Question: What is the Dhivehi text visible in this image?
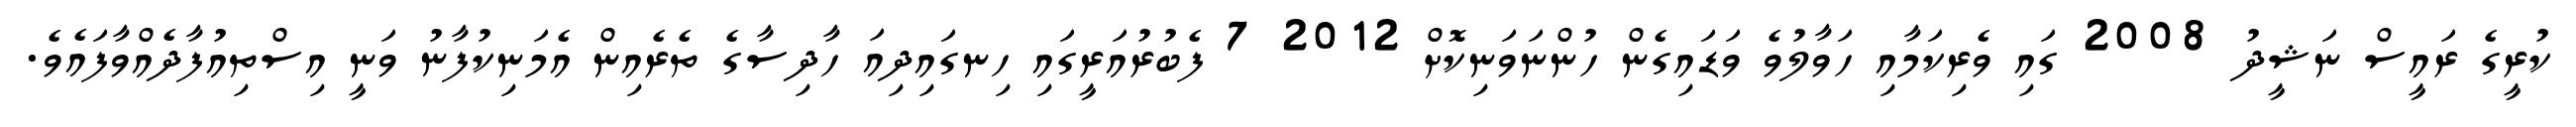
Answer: ކުރީގެ ރައީސް ނަޝީދު 2008 ގައި ވެރިކަމާއި ހަވާލުވެ ވަޑައިގެން ހުންނަވަނިކޮށް 2012 7 ފެބުރުއަރީގައި ހިނގައިދިއަ ހާދިސާގެ ތެރެއިން އެމަނިކުފާނު ވަނީ އިސްތިއުފާދެއްވާފައެވެ.